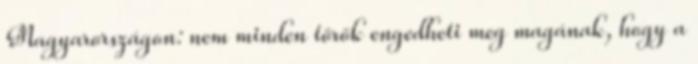
Magyarországon: nem minden török engedheti meg magának, hogy a